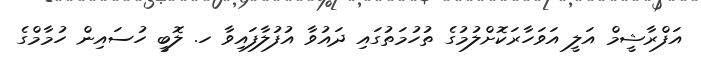
އަފްރާޝީމް އަލީ އަވަހާރަކޮށްލުމުގެ ތުހުމަތުގައި ދައުވާ އުފުލާފައިވާ ހ. ލޮބީ ހުސައިން ހުމާމްގެ